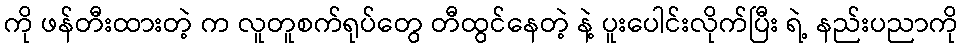
ကို ဖန်တီးထားတဲ့ က လူတူစက်ရုပ်တွေ တီထွင်နေတဲ့ နဲ့ ပူးပေါင်းလိုက်ပြီး ရဲ့ နည်းပညာကို